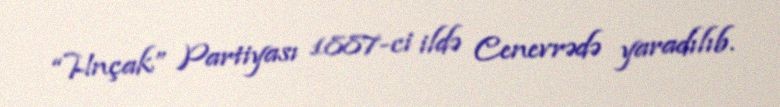
“Hnçak” Partiyası 1887-ci ildə Cenevrədə yaradılıb.